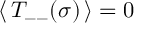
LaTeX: \: \langle \, T _ { -- } ( \sigma ) \, \rangle = 0 \: